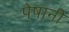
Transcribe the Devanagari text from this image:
पेषानी